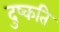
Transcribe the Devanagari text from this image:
दुष्‍कति